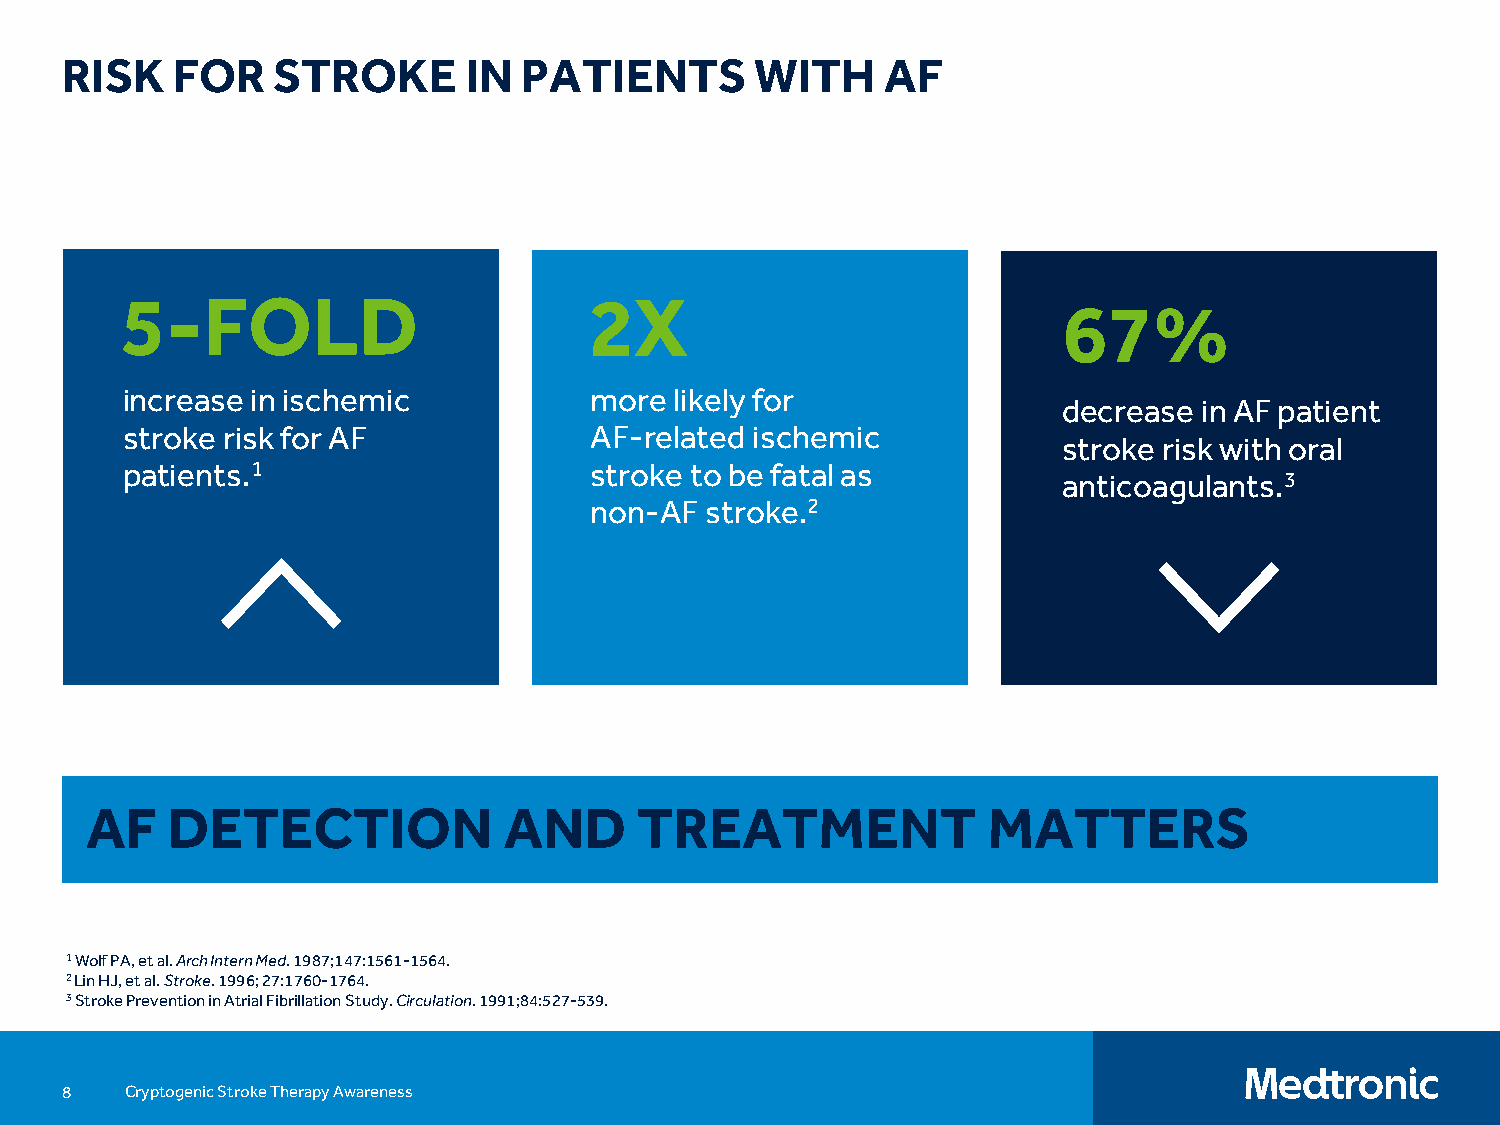
RISK   FOR    STROKE       IN  PATIENTS       WITH     AF
 5-FOLD                         2X                             67%
 increase in ischemic           more  likely for
 decrease  in AF patient
 stroke risk for AF             AF-related ischemic
 stroke risk with oral
 patients.1                     stroke to be fatal as
 anticoagulants.3
 non-AF  stroke.2
 AF   DETECTION             AND      TREATMENT              MATTERS
 1Wolf PA, et al. Arch Intern Med. 1987;147:1561-1564.
 2 Lin HJ, et al. Stroke. 1996; 27:1760-1764.
 3Stroke Prevention in Atrial Fibrillation Study. Circulation. 1991;84:527-539.
 8   Cryptogenic Stroke Therapy Awareness